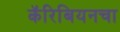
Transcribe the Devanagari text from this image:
कॅरिबियनचा